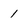
Character: 1